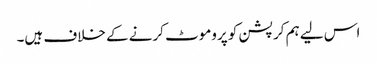
اس لیے ہم کرپشن کو پروموٹ کرنے کے خلاف ہیں۔